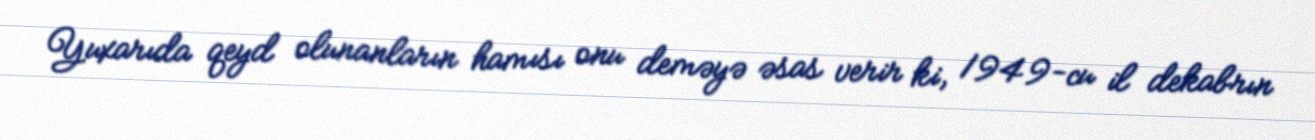
Yuxarıda qeyd olunanların hamısı onu deməyə əsas verir ki, 1949-cu il dekabrın